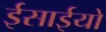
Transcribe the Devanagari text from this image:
ईसाईयो